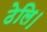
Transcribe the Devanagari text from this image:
ठेलि।